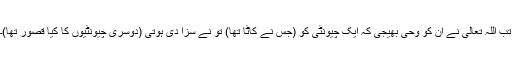
تب اللہ تعالیٰ نے ان کو وحی بھیجی کہ ایک چیونٹی کو (جس نے کاٹا تھا) تو نے سزا دی ہوتی (دوسری چیونٹیوں کا کیا قصور تھا)۔